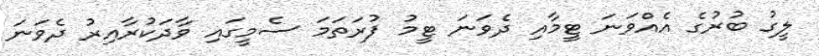
ލީގު ބުރުގެ އެއްވަނަ ޓީމާއި ދެވަނަ ޓީމު ފުރަތަމަ ސެމީގައި ވާދަކުރާއިރު ދެވަނަ